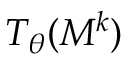
T _ { \theta } ( M ^ { k } )